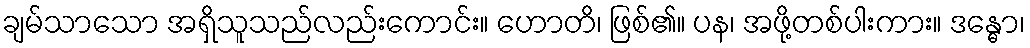
ချမ်သာသော အရှိသူသည်လည်းကောင်း။ ဟောတိ၊ ဖြစ်၏။ ပန၊ အဖို့တစ်ပါးကား။ ဒန္ဓော၊